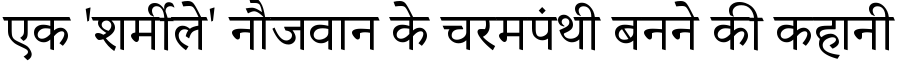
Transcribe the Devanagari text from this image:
एक 'शर्मीले' नौजवान के चरमपंथी बनने की कहानी